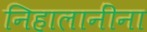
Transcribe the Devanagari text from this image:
निहालानींना